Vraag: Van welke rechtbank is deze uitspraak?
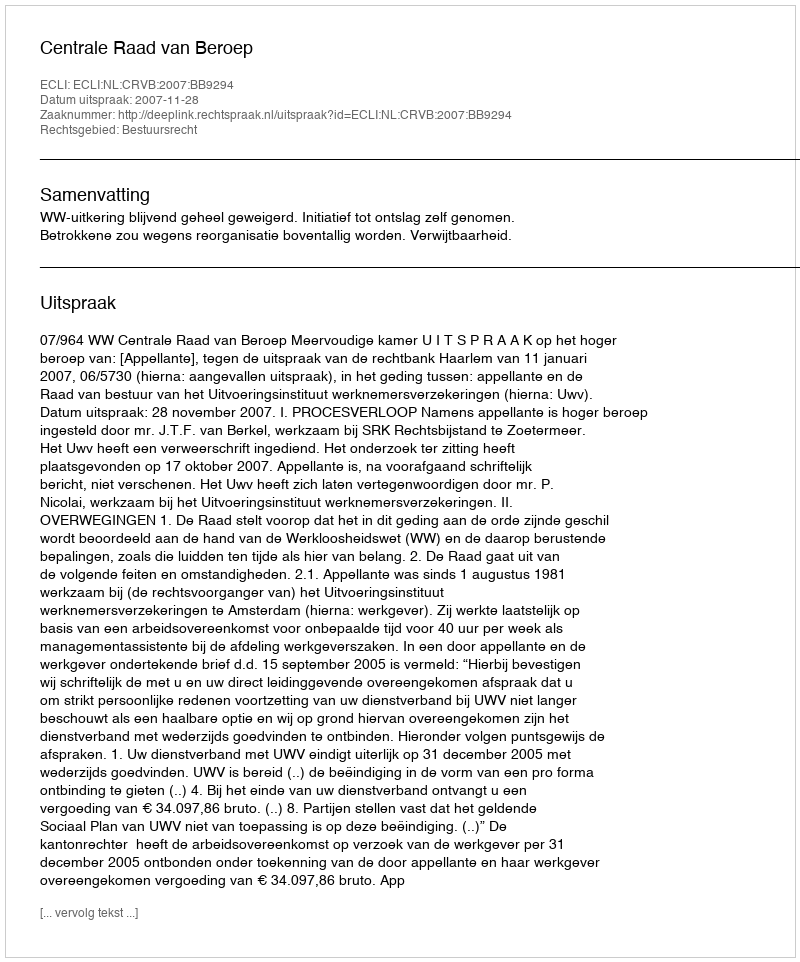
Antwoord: Centrale Raad van Beroep